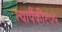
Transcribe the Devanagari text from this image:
त्यापैकी१७५